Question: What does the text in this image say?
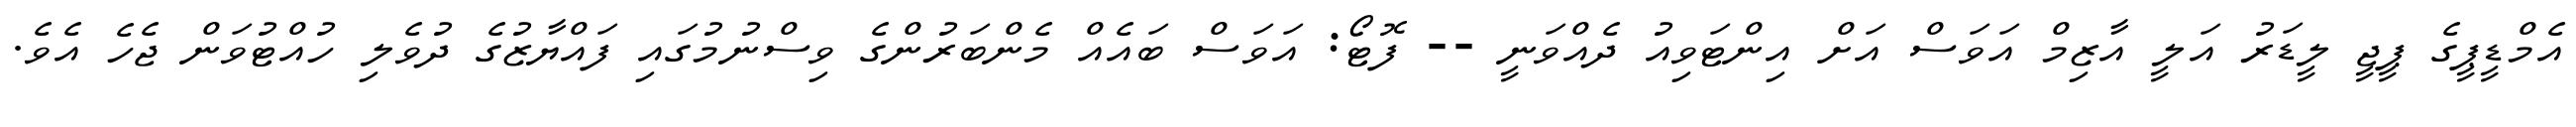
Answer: އެމްޑީޕީގެ ޕީޖީ ލީޑަރު އަލީ އާޒިމް އަވަސް އަށް އިންޓަވިއު ދެއްވަނީ -- ފޮޓޯ: އަވަސް ބައެއް މެންބަރުންގެ ވިސްނުމުގައި ފައްޔާޒުގެ ދުވެލި ހުއްޓުވަން ޖެހެ އެވެ.